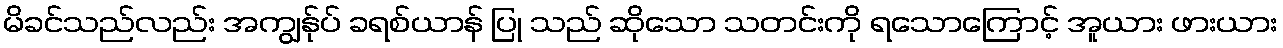
မိခင်သည်လည်း အကျွန်ုပ် ခရစ်ယာန် ပြု သည် ဆိုသော သတင်းကို ရသောကြောင့် အူယား ဖားယား